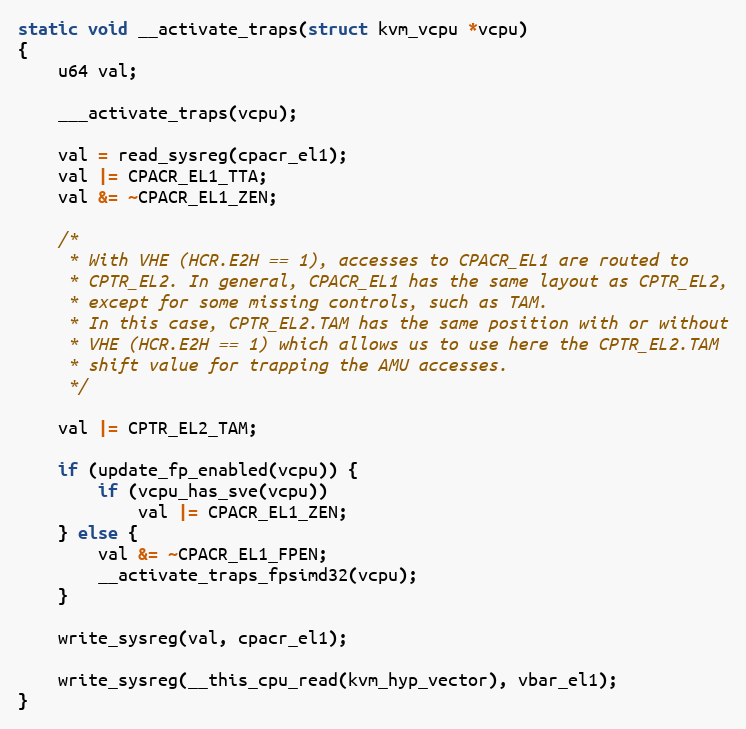
Language: C
static void __activate_traps(struct kvm_vcpu *vcpu)
{
	u64 val;

	___activate_traps(vcpu);

	val = read_sysreg(cpacr_el1);
	val |= CPACR_EL1_TTA;
	val &= ~CPACR_EL1_ZEN;

	/*
	 * With VHE (HCR.E2H == 1), accesses to CPACR_EL1 are routed to
	 * CPTR_EL2. In general, CPACR_EL1 has the same layout as CPTR_EL2,
	 * except for some missing controls, such as TAM.
	 * In this case, CPTR_EL2.TAM has the same position with or without
	 * VHE (HCR.E2H == 1) which allows us to use here the CPTR_EL2.TAM
	 * shift value for trapping the AMU accesses.
	 */

	val |= CPTR_EL2_TAM;

	if (update_fp_enabled(vcpu)) {
		if (vcpu_has_sve(vcpu))
			val |= CPACR_EL1_ZEN;
	} else {
		val &= ~CPACR_EL1_FPEN;
		__activate_traps_fpsimd32(vcpu);
	}

	write_sysreg(val, cpacr_el1);

	write_sysreg(__this_cpu_read(kvm_hyp_vector), vbar_el1);
}